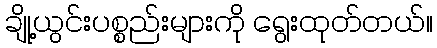
ချို့ယွင်းပစ္စည်းများကို ရွေးထုတ်တယ်။